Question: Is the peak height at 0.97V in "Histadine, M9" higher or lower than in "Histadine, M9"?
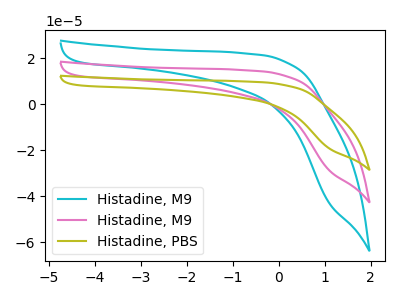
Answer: <think>The cyan curve "Histadine, M9" has no peaks. The pink curve "Histadine, M9" has no peaks. The olive curve "Histadine, PBS" has no peaks.</think>
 <answer>"Histadine, M9" and "Histadine, M9" dont share a peak at 0.97V.</answer>
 <eval>mismatch</eval>